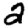
Digit: 2